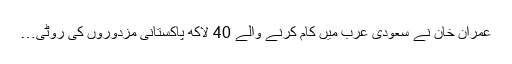
عمران خان نے سعودی عرب میں کام کرنے والے 40 لاکھ پاکستانی مزدوروں کی روٹی…